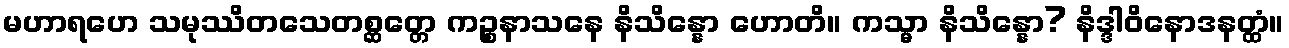
မဟာရဟေ သမုဿိတသေတစ္ဆတ္တေ ကဉ္စနာသနေ နိသိန္နော ဟောတိ။ ကသ္မာ နိသိန္နော? နိဒ္ဒါဝိနောဒနတ္ထံ။